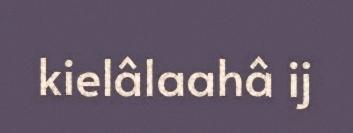
kielâlaahâ ij